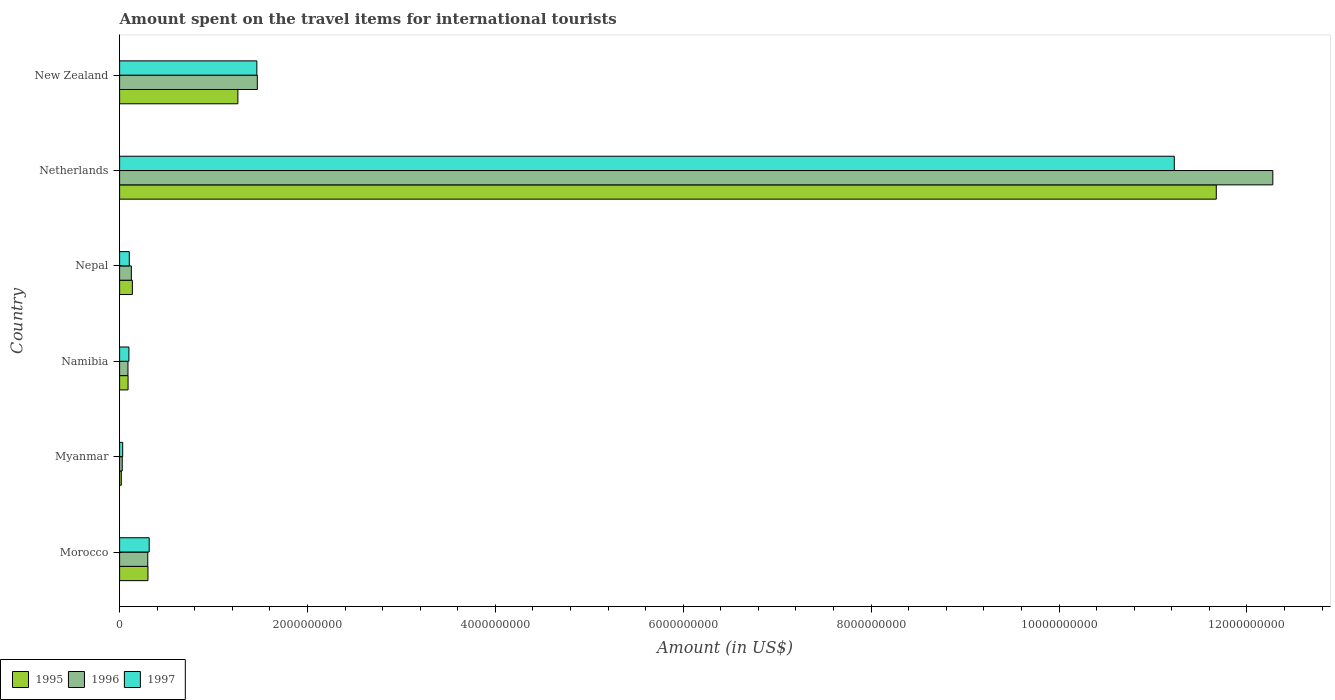
| Country | 1995 | 1996 | 1997 |
 | --- | --- | --- | --- |
 | Morocco | 3.02e+08 | 3e+08 | 3.15e+08 |
 | Myanmar | 1.8e+07 | 2.8e+07 | 3.3e+07 |
 | Namibia | 9e+07 | 8.9e+07 | 9.9e+07 |
 | Nepal | 1.36e+08 | 1.25e+08 | 1.03e+08 |
 | Netherlands | 1.17e+10 | 1.23e+10 | 1.12e+10 |
 | New Zealand | 1.26e+09 | 1.47e+09 | 1.46e+09 |